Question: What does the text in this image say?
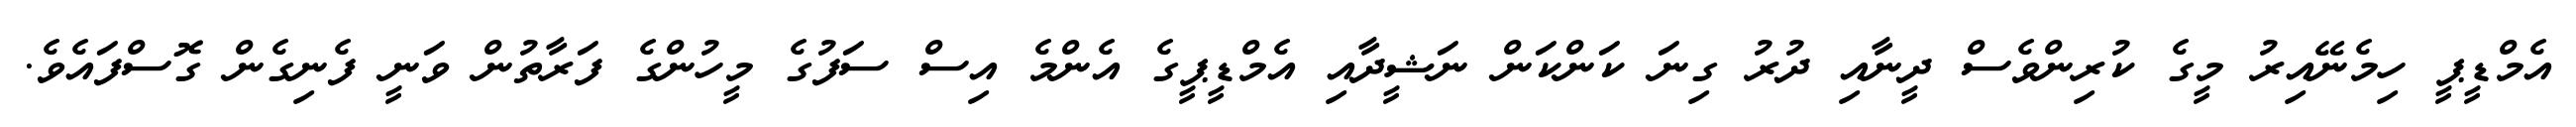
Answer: އެމްޑީޕީ ހިމެނޭއިރު މީގެ ކުރިންވެސް ދީނާއި ދުރު ގިނަ ކަންކަން ނަޝީދާއި އެމްޑީޕީގެ އެންމެ އިސް ސަފުގެ މީހުންގެ ފަރާތުން ވަނީ ފެނިގެން ގޮސްފައެވެ.